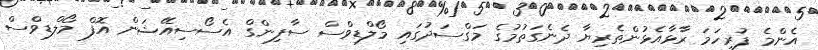
އެންމެ ފުރިހަމަ ރާޅާއެޅުންތެރިޔާ ދެނެގަތުމުގެ މަގްސަދުގައި މޯލްޑިވްސް ސާފިންގް އެސޯސިއޭޝަން އޮފް މޯލްޑިވްސް